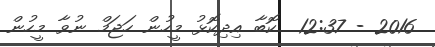
2016 - 12:37  ކޮބާ އިދިކޮޅު މީހުން ހަޖަމް ނުވާ މީހުން